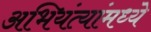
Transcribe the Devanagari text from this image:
अभियंत्यांमध्ये